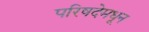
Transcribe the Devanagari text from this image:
परिषदेमधून